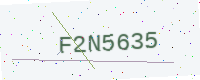
Text: F2N5635